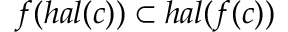
f ( h a l ( c ) ) \subset h a l ( f ( c ) )